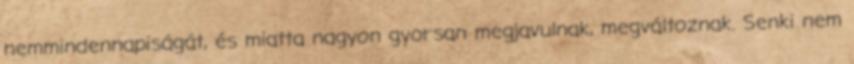
nemmindennapiságát, és miatta nagyon gyorsan megjavulnak, megváltoznak. Senki nem